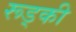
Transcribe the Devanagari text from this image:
रूड्की